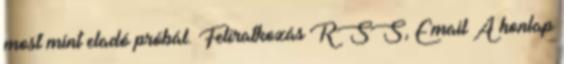
most mint eladó próbál. Feliratkozás RSS, Email A honlap